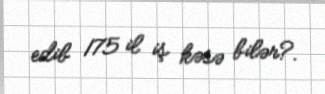
edib 175 il iş kəsə bilər?.